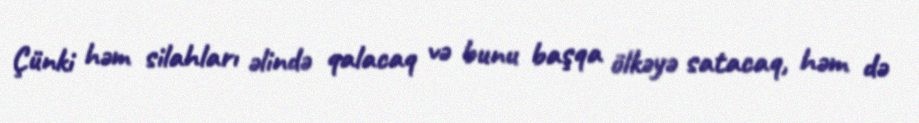
Çünki həm silahları əlində qalacaq və bunu başqa ölkəyə satacaq, həm də